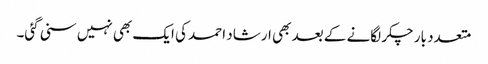
متعدد بار چکر لگانے کے بعد بھی ارشاد احمد کی ایک بھی نہیں سنی گئی۔